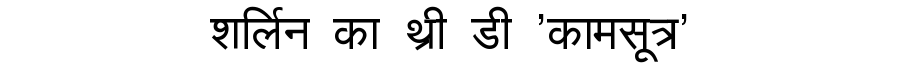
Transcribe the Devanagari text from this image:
शर्लिन का थ्री डी 'कामसूत्र'